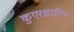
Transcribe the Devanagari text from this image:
कुएरसरटिन